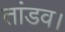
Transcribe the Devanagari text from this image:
तांडव।